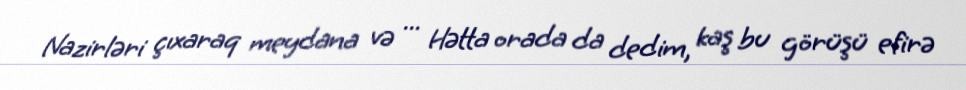
Nazirləri çıxaraq meydana və ... Hətta orada da dedim, kaş bu görüşü efirə